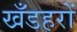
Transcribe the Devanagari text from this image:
खँडहरों